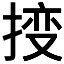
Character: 𫽕